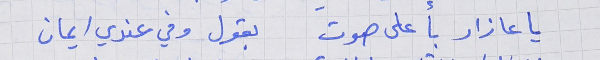
يا عازار بأعلى صوت     بقول وفي عندي ايمان